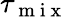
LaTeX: \tau_{\mathrm{~m~i~x~}}